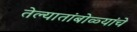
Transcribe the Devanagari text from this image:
तेल्यातांबोळ्यांचे